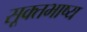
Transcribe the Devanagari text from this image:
सूक्तभाष्य